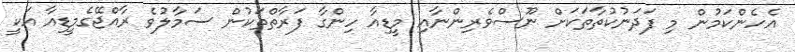
އެހެންކަމުން މި ފަދަނުކުތާތަކަށް ނޫސްވެރިންނާއި މީޑިއާ ހިންގާ ފަރާތްތަކުން ސަމާލުވެ ރާއްޖޭގެމީޑިއާ އަކީ